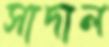
সাদাল